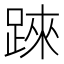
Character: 𨂐